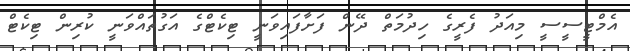
އެމްޓީސީސީ މިއަދު ފެރީގެ ހިދުމަތް ދޭން ފަށާފައިވަނީ ޓިކެޓްގެ އަގުތައްވަނީ ކުރިން ޓިކެޓް